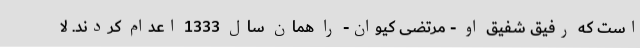
است که رفیق شفیق او - مرتضی کیوان- را همان سال 1333 اعدام کردند. لا